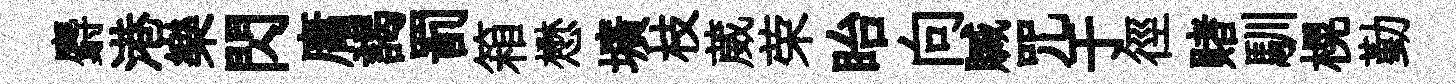
麝港樂閃庸謁罰箱懋壙枝葳荣眙向贓咒于徑赌馴榥勤